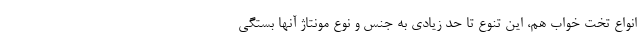
انواع تخت خواب هم، این تنوع تا حد زیادی به جنس و نوع مونتاژ آنها بستگی